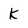
Character: k